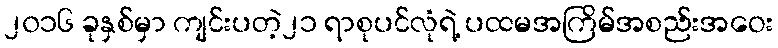
၂၀၁၆ ခုနှစ်မှာ ကျင်းပတဲ့၂၁ ရာစုပင်လုံရဲ့ ပထမအကြိမ်အစည်းအဝေး